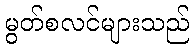
မွတ်စလင်များသည်